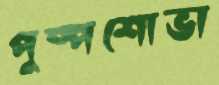
পুষ্পশোভা